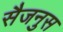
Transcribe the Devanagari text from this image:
सैजनुस